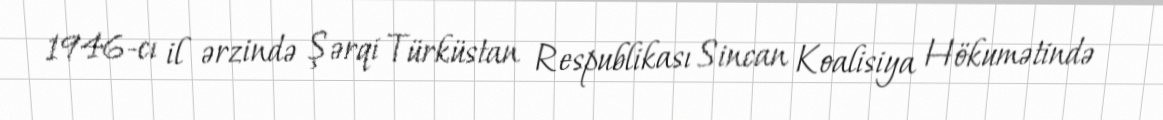
1946-cı il ərzində Şərqi Türküstan Respublikası Sincan Koalisiya Hökumətində